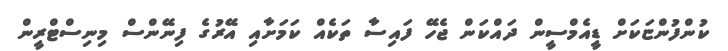
ކުންފުންޏަކަށް ޑީއެމްސީން ދައްކަން ޖެހޭ ފައިސާ ތަކެއް ކަމަށާއި އޭރުގެ ފިނޭންސް މިނިސްޓްރީން